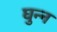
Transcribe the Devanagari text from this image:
घुन्न